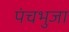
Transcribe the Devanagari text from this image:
पंचभुजा